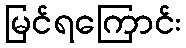
မြင်ရကြောင်း